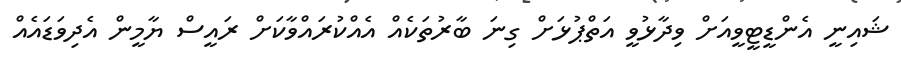
ޝައިނީ އެންޑީޓީވީއަށް ވިދާޅުވީ އަތްޕުޅަށް ގިނަ ބާރުތަކެއް އެއްކުރައްވާކަށް ރައީސް ޔާމީން އެދިވަޑައެއް